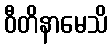
ဝီတိနာမေသိ